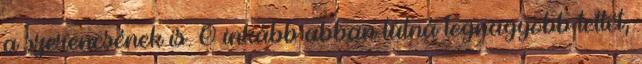
a szerencsének is. Ő inkább abban látná legnagyobb tettét,